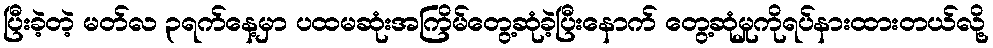
ပြီးခဲ့တဲ့ မတ်လ ၃ရက်နေ့မှာ ပထမဆုံးအကြိမ်တွေ့ဆုံခဲ့ပြီးနောက် တွေ့ဆုံမှုကိုရပ်နားထားတယ်လို့